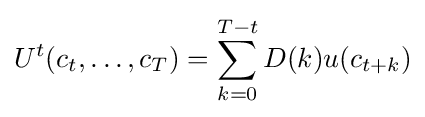
U^{t}(c_{t},\dots ,c_{T})=\sum _{k=0}^{T-t}D(k)u(c_{t+k})